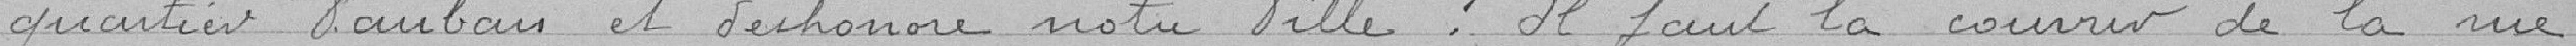
quartier Vauban et déshonore notre ville ? Il faut la couvrir de la rue